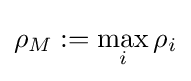
\rho _{M}:=\max _{i}\rho _{i}